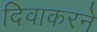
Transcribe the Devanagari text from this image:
दिवाकरने